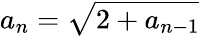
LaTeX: a_{n}={\sqrt{2+a_{n-1}}}